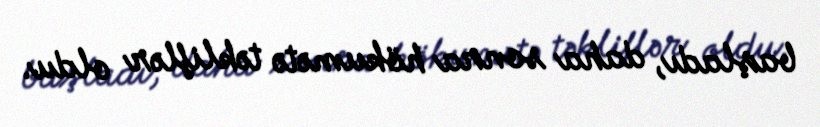
başladı, daha sonra hökumətə təkliflər oldu.